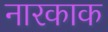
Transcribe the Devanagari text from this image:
नारकाक